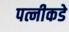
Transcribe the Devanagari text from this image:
पत्नीकडे